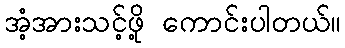
အံ့အားသင့်ဖို့ ကောင်းပါတယ်။